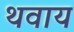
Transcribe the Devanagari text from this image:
थवाय